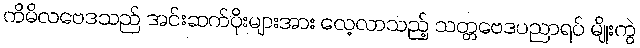
ကိမိလဗေဒသည် အင်းဆက်ပိုးများအား လေ့လာသည့် သတ္တဗေဒပညာရပ် မျိုးကွဲ